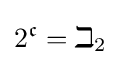
2^{\mathfrak {c}}=\beth _{2}